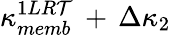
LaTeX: \kappa_{memb}^{1LR\mathcal{T}}\, +\, \Delta\kappa_{2}